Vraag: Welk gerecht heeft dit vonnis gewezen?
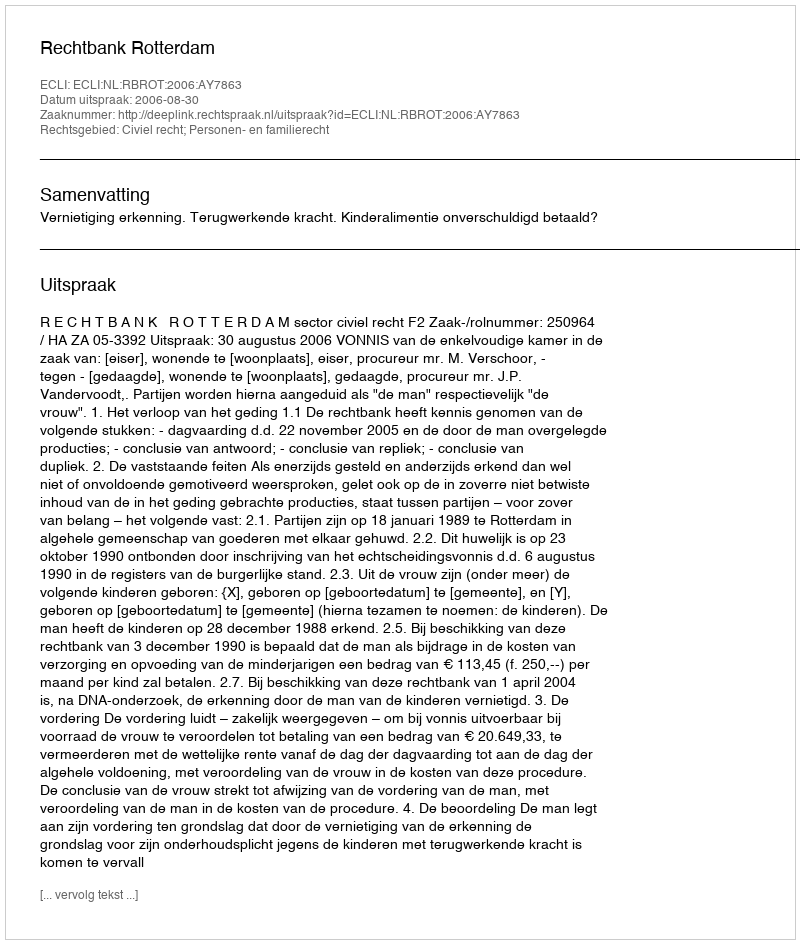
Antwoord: Rechtbank Rotterdam